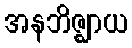
အနဘိဇ္ဈာယ